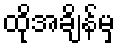
ထိုအချိန်မှ